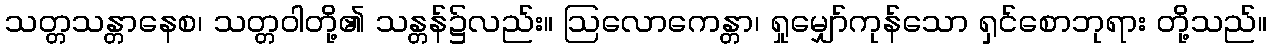
သတ္တသန္တာနေစ၊ သတ္တဝါတို့၏ သန္တန်၌လည်း။ ဩလောကေန္တာ၊ ရှုမျှော်ကုန်သော ရှင်စောဘုရား တို့သည်။